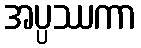
အပ္ပဿကာ